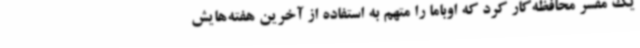
یک مفسر محافظه‌کار کرد که اوباما را متهم به استفاده از آخرین هفته‌هایش